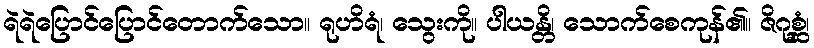
ရဲရဲပြောင်ပြောင်တောက်သော။ ရုဟိရံ၊ သွေးကို။ ပါယန္တိ၊ သောက်စေကုန်၏။ ဇိဂုစ္ဆံ၊